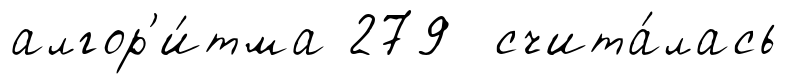
алгор'и́тма 279 счита́лась